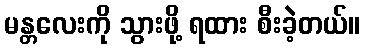
မန္တလေးကို သွားဖို့ ရထား စီးခဲ့တယ်။